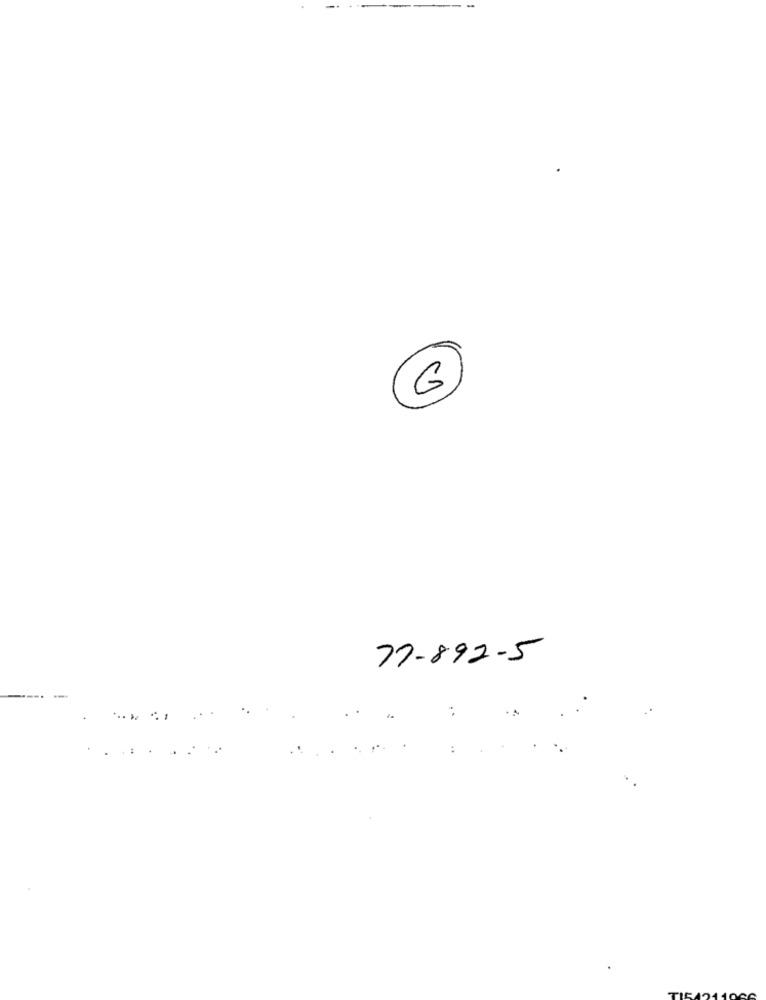
G
77-892-5